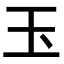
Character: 玉